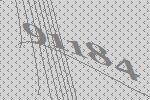
91184